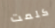
كلمت